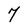
Character: 7